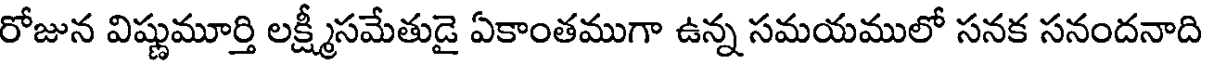
రోజున విష్ణుమూర్తి లక్ష్మీసమేతుడై ఏకాంతముగా ఉన్న సమయములో సనక సనందనాది